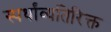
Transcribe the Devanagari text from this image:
स्पर्धांव्यतिरिक्त